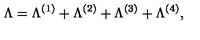
\Lambda = \Lambda ^ { ( 1 ) } + \Lambda ^ { ( 2 ) } + \Lambda ^ { ( 3 ) } + \Lambda ^ { ( 4 ) } ,